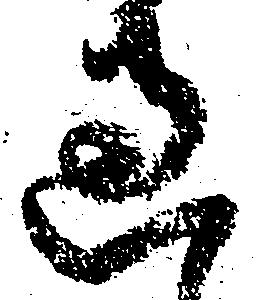
過